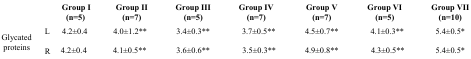
<table><thead><tr><td colspan="2"><b> </b></td><td><b>Group I (n=5)</b></td><td><b>Group II (n=7)</b></td><td><b>Group III (n=5)</b></td><td><b>Group IV (n=7)</b></td><td><b>Group V (n=7)</b></td><td><b>Group VI (n=5)</b></td><td><b>Group VII (n=10)</b></td></tr></thead><tbody><tr><td rowspan="2">Glycated proteins</td><td>L</td><td>4.2±0.4</td><td>4.0±1.2**</td><td>3.4±0.3**</td><td>3.7±0.5**</td><td>4.5±0.7**</td><td>4.1±0.3**</td><td>5.4±0.5*</td></tr><tr><td>R</td><td>4.2±0.4</td><td>4.1±0.5**</td><td>3.6±0.6**</td><td>3.5±0.3**</td><td>4.9±0.8**</td><td>4.3±0.5**</td><td>5.4±0.5*</td></tr></tbody></table>